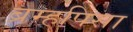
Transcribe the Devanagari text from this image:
ब्रम्हपिसा